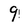
Character: 9